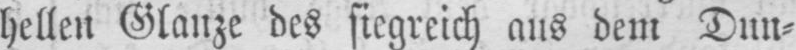
hellen Glänze des siegreich aus dem Dun⸗